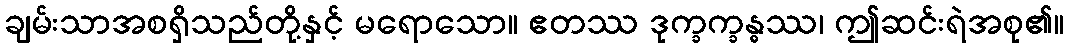
ချမ်းသာအစရှိသည်တို့နှင့် မရောသော။ ဧတဿ ဒုက္ခက္ခန္ဓဿ၊ ဤဆင်းရဲအစု၏။